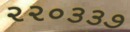
૨૨૦૩૩૭